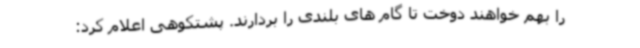
را بهم خواهند دوخت تا گام های بلندی را بردارند. پشتکوهی اعلام کرد: